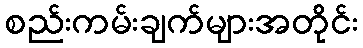
စည်းကမ်းချက်များအတိုင်း